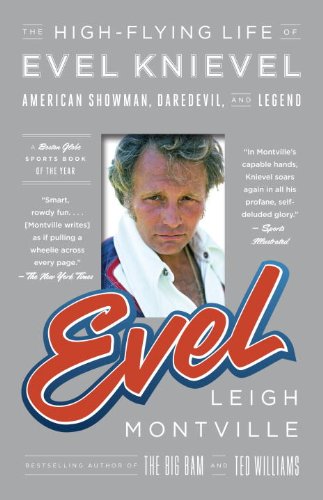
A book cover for Evel: The High-Flying Life of Evel Knievel: American Showman, Daredevil, and Legend; Leigh Montville; Sports & Outdoors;